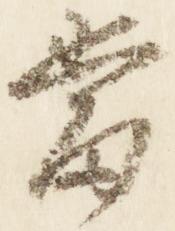
当